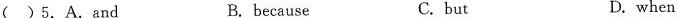
( )5.A.and B.because C. but D. when